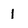
Character: 1